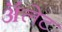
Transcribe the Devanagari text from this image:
ॲलेट